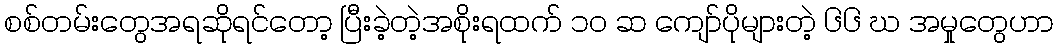
စစ်တမ်းတွေအရဆိုရင်တော့ ပြီးခဲ့တဲ့အစိုးရထက် ၁၀ ဆ ကျော်ပိုများတဲ့ ၆၆ ဃ အမှုတွေဟာ